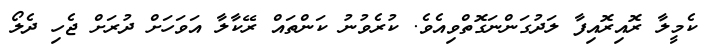
ކެމީލާ ރޮއިރޮއިފާ ލަދުގަންނަގޮތްވިއެވެ. ކުރެވުނު ކަންތައް ރޭކާލާ އަވަހަށް ދުރަށް ޖެހި ދެލޯ